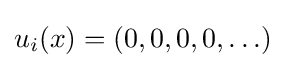
u_{i}(x)=(0,0,0,0,\ldots )